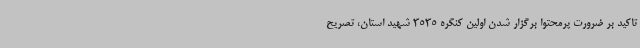
تاکید بر ضرورت پرمحتوا برگزار شدن اولین کنگره 3535 شهید استان، تصریح